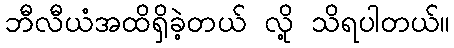
ဘီလီယံအထိရှိခဲ့တယ် လို့ သိရပါတယ်။